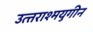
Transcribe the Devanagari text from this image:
उत्त्तराश्मयुगीन